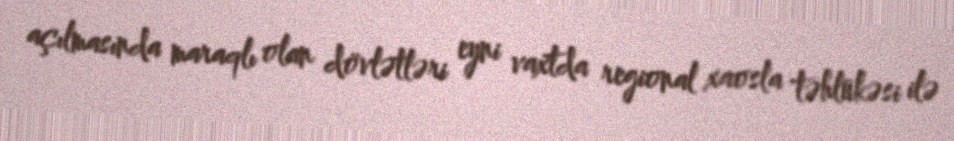
açılmasında maraqlı olan dövlətləri eyni vaxtda regional xaosla təhlükəsi ilə